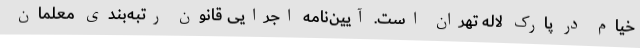
خیام در پارک لاله تهران است. آیین‌نامه اجرایی قانون رتبه‌بندی معلمان